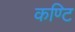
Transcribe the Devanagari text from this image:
कण्टि